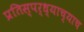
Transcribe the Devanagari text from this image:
प्रतिस्पर्ध्याच्याच